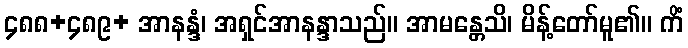
၄၈၈+၄၈၉+ အာနန္ဒံ၊ အရှင်အာနန္ဒာသည်။ အာမန္တေသိ၊ မိန့်တော်မူ၏။ ကိံ